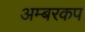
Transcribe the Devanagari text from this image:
अम्बरकप